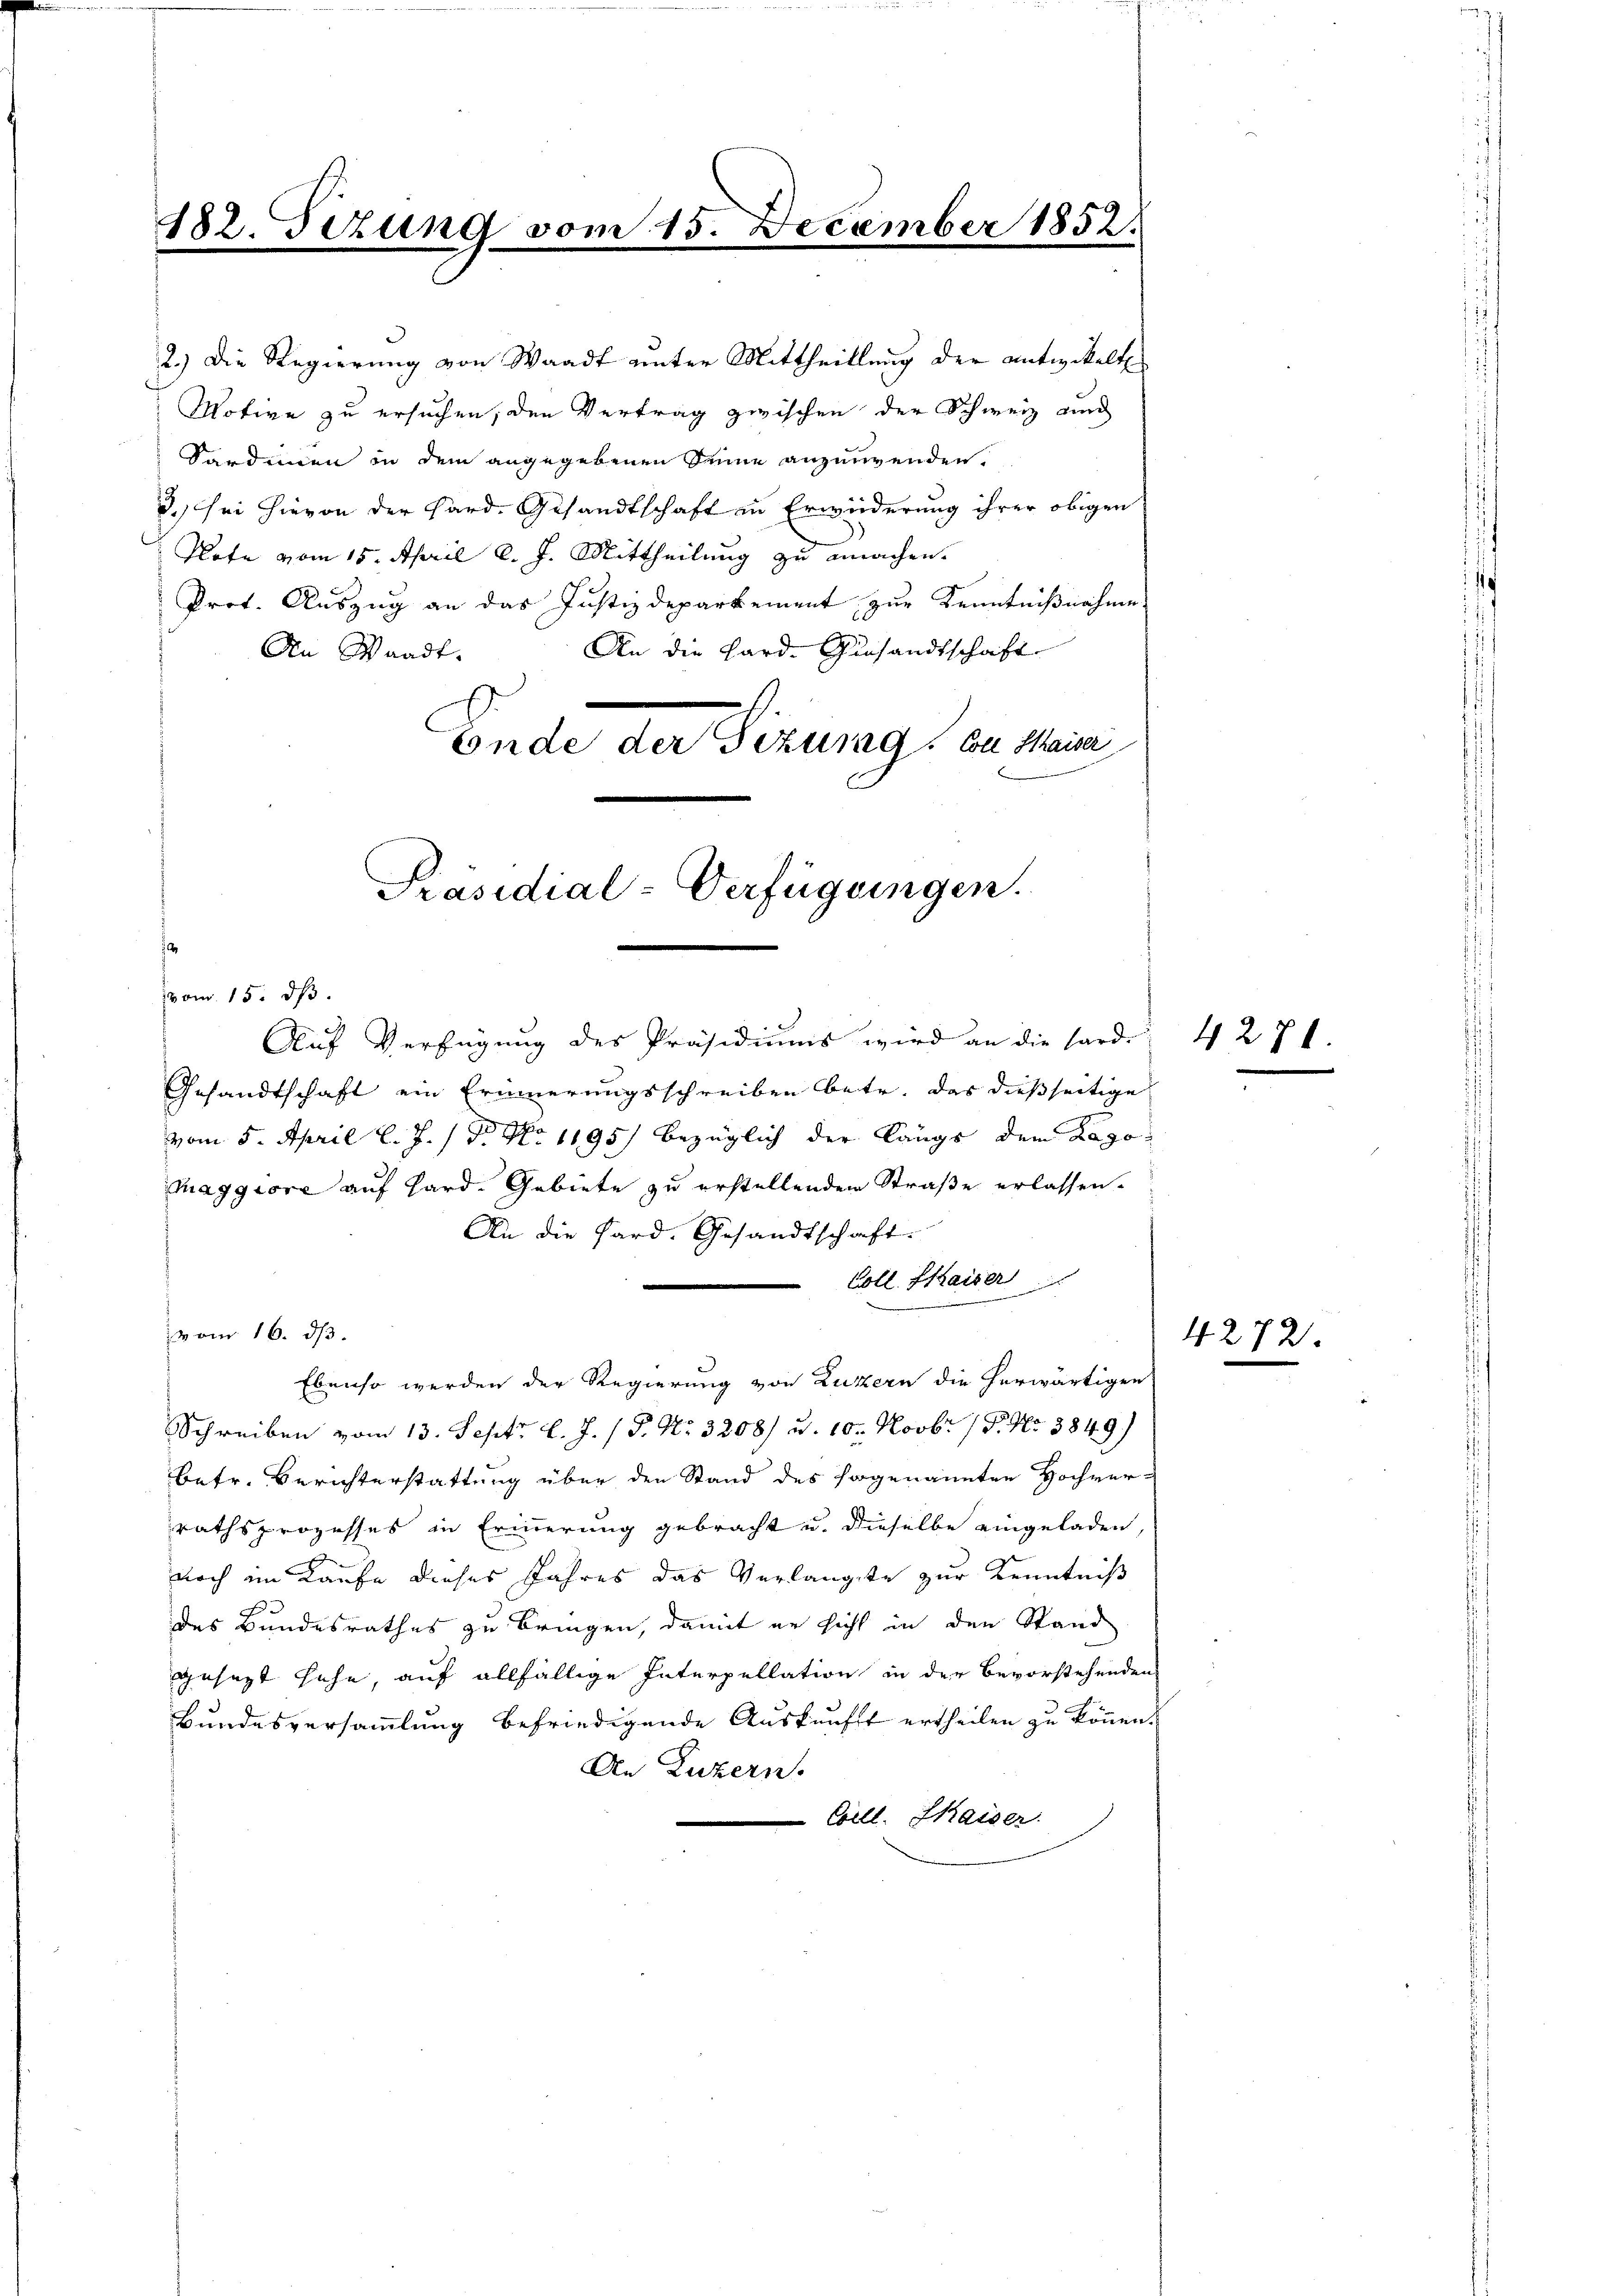
Motive zu ersuchen, den Vertrag zwischen der Schweiz und
Sardinen in dem angegebenen Seine anzuwenden.
3. sei hievon der Hard. Gesandtschaft in Erwiederung ihrer obigen
Note vom 15. April l. J. Mittheilung zu emachen.
Prot. Auszug an das Justizdepartement zur Kenntnißnahme
An die Hard. Gesandtschaft
An Waadt.
Ende der Vizung an Mann

182. Dezung vom 15. December 1852.

2.) Die Regierung von Waadt unter Mittheillung der entwickelt.

vom 16. ds.

Präsidial-Verfügungen.

(vom 15. ds.
Aŭf Verfügung des Präsidiŭms wird an die hard. 4 271.
Gesandtschaft ein Erinnerungsschreiben betr. das dießseitige
vom 5. April l. J. / Dr. No 1195) bezüglich der Längs dem Lago¬
Maggiore auf Hard. Gebiete zu erstellenden Straße erlassen.
An die Sard. Gesandtschaft.
Coll. Kaiser
Schreiben vom 13. Sept. l. J. / P. Nr. 3208) u. 10. Novbr. 19. No 3849.
betr. Berichterstattung über den Stand des sogenannten Hochver-
rathsprozesses in Erinnerung gebracht u. dieselbe eingeladen,
noch im Kaufe dieses Jahres das Verlangte zur Kenntniß
des Bundesrathes zu bringen, damit er sicht in den Stand
gesezt höhe, auf allfällige Interpellation in der bevorstehenden
Bundesversammlung befriedigende Auskunft ertheilen zu können.
An Luzern.
Coill. Kaiser.

Ebenso werden der Regierung von Luzern die herwärtigen

4272.